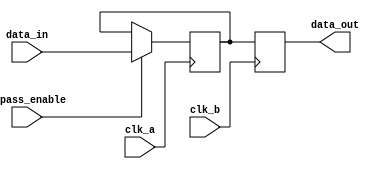
module bypass_register (
    input wire clk_a,
    input wire clk_b,
    input wire [7:0] data_in,
    input wire bypass_enable,
    output reg [7:0] data_out
);

reg [7:0] bypass_register;

always @ (posedge clk_a) begin
    if (bypass_enable) begin
        bypass_register <= data_in;
    end
end

always @ (posedge clk_b) begin
    data_out <= bypass_register;
end

endmodule